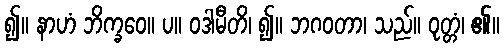
၍။ နာဟံ ဘိက္ခဝေ။ ပ။ ဝဒါမီတိ၊ ၍။ ဘဂဝတာ၊ သည်။ ဝုတ္တံ၊ ၏။